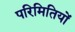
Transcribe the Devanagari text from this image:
परिमितियों